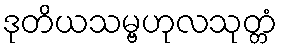
ဒုတိယသမ္ဗဟုလသုတ္တံ